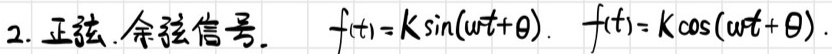
2. 正弦、余弦信号. $f(t)=K\sin(\omega t+\theta), f(t)=K\cos(\omega t+\theta)$.